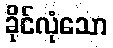
ခိုင်လုံသော